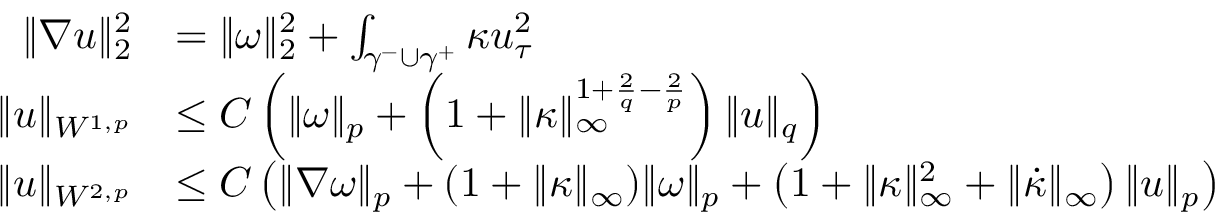
\begin{array} { r l } { \| \nabla u \| _ { 2 } ^ { 2 } } & { = \| \omega \| _ { 2 } ^ { 2 } + \int _ { \gamma ^ { - } \cup \gamma ^ { + } } \kappa u _ { \tau } ^ { 2 } } \\ { \| u \| _ { W ^ { 1 , p } } } & { \leq C \left( \| \omega \| _ { p } + \left( 1 + \| \kappa \| _ { \infty } ^ { 1 + \frac { 2 } { q } - \frac { 2 } { p } } \right) \| u \| _ { q } \right) } \\ { \| u \| _ { W ^ { 2 , p } } } & { \leq C \left( \| \nabla \omega \| _ { p } + ( 1 + \| \kappa \| _ { \infty } ) \| \omega \| _ { p } + \left( 1 + \| \kappa \| _ { \infty } ^ { 2 } + \| \dot { \kappa } \| _ { \infty } \right) \| u \| _ { p } \right) } \end{array}